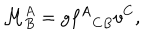
LaTeX: \mathcal { M } _ { B } ^ { A } = g { f ^ { A } } _ { C B } v ^ { C } ,